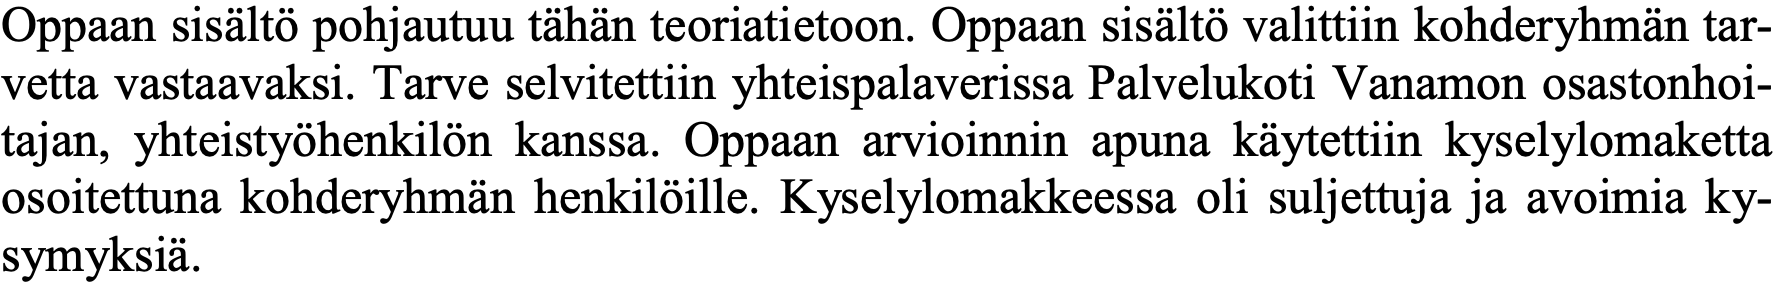
Oppaan sisältö pohjautuu tähän teoriatietoon. Oppaan sisältö valittiin kohderyhmän tar- vetta vastaavaksi. Tarve selvitettiin yhteispalaverissa Palvelukoti Vanamon osastonhoi- tajan, yhteistyöhenkilön kanssa. Oppaan arvioinnin apuna käytettiin kyselylomaketta osoitettuna kohderyhmän henkilöille. Kyselylomakkeessa oli suljettuja ja avoimia ky- symyksiä.